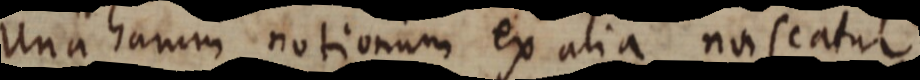
Una harum notionum ex alia nuiscatur